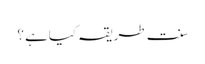
سنت طریقہ کیاہے ؟